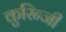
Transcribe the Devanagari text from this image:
कुरिन्‍जी